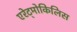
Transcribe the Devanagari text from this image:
एरेट्मोकिलिस